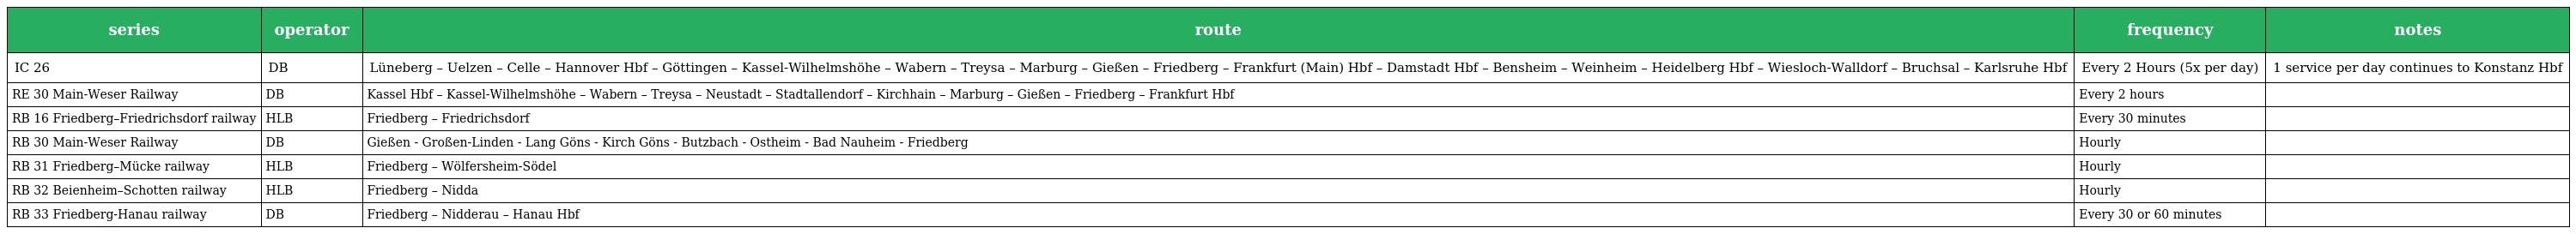
| series | operator | route | frequency | notes |
 | --- | --- | --- | --- | --- |
 | IC 26 | DB | Lüneberg – Uelzen – Celle – Hannover Hbf – Göttingen – Kassel-Wilhelmshöhe – Wabern – Treysa – Marburg – Gießen – Friedberg – Frankfurt (Main) Hbf – Damstadt Hbf – Bensheim – Weinheim – Heidelberg Hbf – Wiesloch-Walldorf – Bruchsal – Karlsruhe Hbf | Every 2 Hours (5x per day) | 1 service per day continues to Konstanz Hbf |
 | RE 30 Main-Weser Railway | DB | Kassel Hbf – Kassel-Wilhelmshöhe – Wabern – Treysa – Neustadt – Stadtallendorf – Kirchhain – Marburg – Gießen – Friedberg – Frankfurt Hbf | Every 2 hours |  |
 | RB 16 Friedberg–Friedrichsdorf railway | HLB | Friedberg – Friedrichsdorf | Every 30 minutes |  |
 | RB 30 Main-Weser Railway | DB | Gießen - Großen-Linden - Lang Göns - Kirch Göns - Butzbach - Ostheim - Bad Nauheim - Friedberg | Hourly |  |
 | RB 31 Friedberg–Mücke railway | HLB | Friedberg – Wölfersheim-Södel | Hourly |  |
 | RB 32 Beienheim–Schotten railway | HLB | Friedberg – Nidda | Hourly |  |
 | RB 33 Friedberg-Hanau railway | DB | Friedberg – Nidderau – Hanau Hbf | Every 30 or 60 minutes |  |